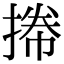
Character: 𢯭